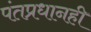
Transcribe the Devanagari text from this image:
पंतप्रधानही